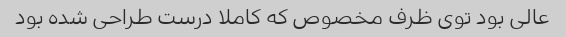
عالی بود توی ظرف مخصوص که کاملا درست طراحی شده بود